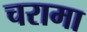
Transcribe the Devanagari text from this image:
चरामा